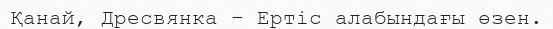
Қанай, Дресвянка – Ертіс алабындағы өзен.